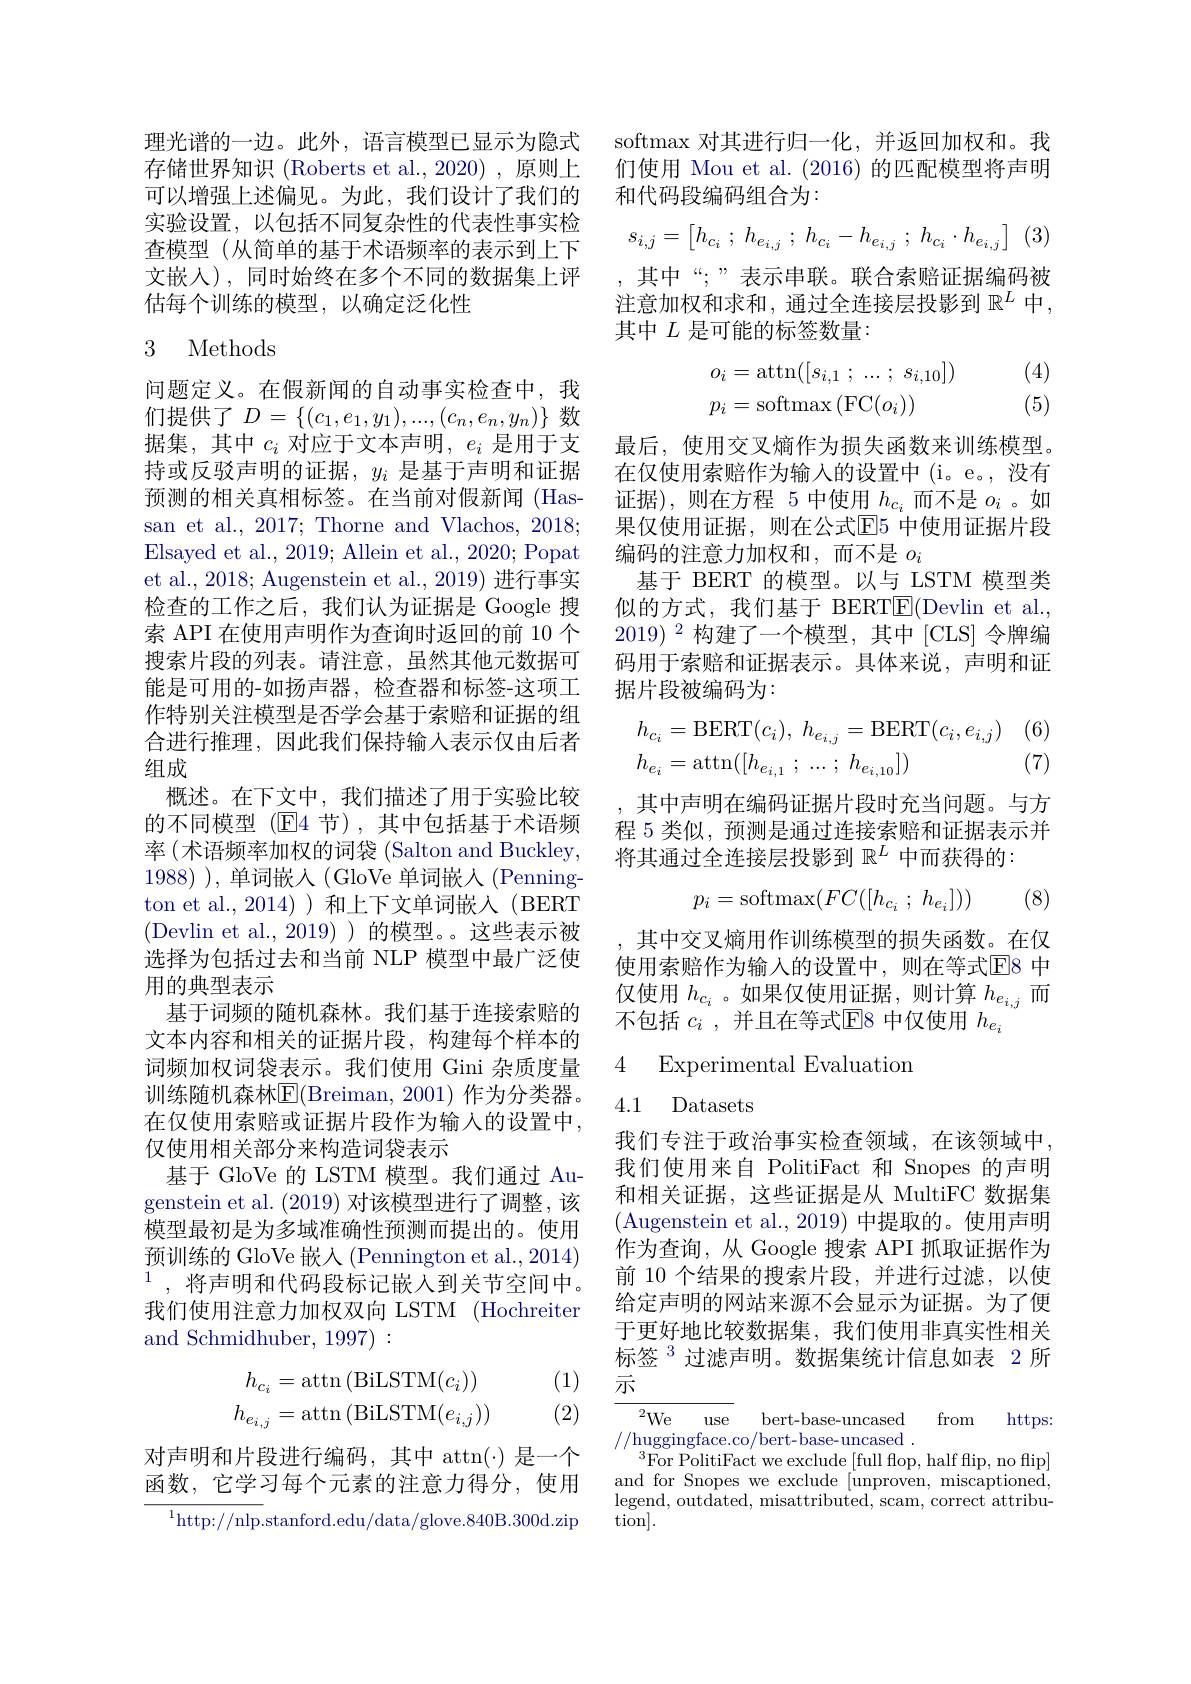
理光谱的一边。此外，语言模型已显示为隐式存储世界知识 (Roberts et al., 2020) , 原则上可以增强上述偏见。为此，我们设计了我们的实验设置，以包括不同复杂性的代表性事实检查模型 (从简单的基于术语频率的表示到上下文嵌人), 同时始终在多个不同的数据集上评估每个训练的模型，以确定泛化性

## 3 Methods

问题定义。在假新闻的自动事实检查中，我们提供了$D=\left\{(c_1,e_1,y_1),...,(c_n,e_n,y_n)\right\}$数据集，其中$c_i$对应于文本声明$,e_i$是用于支持或反驳声明的证据，$y_i$是基于声明和证据预测的相关真相标签。在当前对假新闻 (Hassan et al., 2017; Thorne and Vlachos, 2018; Elsayed et al., 2019; Allein et al., 2020; Popat et al., 2018; Augenstein et al., 2019) 进行事实检查的工作之后，我们认为证据是 Google 搜索 API 在使用声明作为查询时返回的前 10 个搜索片段的列表。请注意，虽然其他元数据可能是可用的-如扬声器，检查器和标签-这项工作特别关注模型是否学会基于索赔和证据的组合进行推理，因此我们保持输入表示仅由后者组成
概述。在下文中，我们描述了用于实验比较的不同模型(E4 节),其中包括基于术语频率 (术语频率加权的词袋 (Salton and Buckley, 1988) ), 单词嵌人 (GloVe 单词嵌人 (Pennington et al.,2014))和上下文单词嵌入(BERT (Devlin et al., 2019) ) 的模型。这些表示被选择为包括过去和当前 NLP 模型中最广泛使用的典型表示
基于词频的随机森林。我们基于连接索赔的文本内容和相关的证据片段，构建每个样本的词频加权词袋表示。我们使用 Gini 杂质度量训练随机森林$\overline{\mathrm{E}}($Breiman, 2001)作为分类器。在仅使用索赔或证据片段作为输入的设置中， 仅使用相关部分来构造词袋表示
基于 GloVe 的 LSTM 模型。我们通过 Augenstein et al. (2019) 对该模型进行了调整，该模型最初是为多域准确性预测而提出的。使用预训练的 GloVe 嵌人 (Pennington et al.,2014) $^{1}$,将声明和代码段标记嵌人到关节空间中。我们使用注意力加权双向 LSTM (Hochreiter and Schmidhuber, 1997) :
(1)
$$\begin{aligned}h_{c_i}&=\arctan{(\mathrm{BiLSTM}(c_i))}\\h_{e_{i,j}}&=\arctan{(\mathrm{BiLSTM}(e_{i,j}))}\end{aligned}$$
(2)

对声明和片段进行编码，其中 attn(·)是一个函数，它学习每个元素的注意力得分，使用

${^{1}\mathrm{http://nlp.}}$stanford.edu/data/glove.840B.300d.zip

softmax 对其进行归一化，并返回加权和。我们使用 Mou et al. (2016)的匹配模型将声明和代码段编码组合为：
$$s_{i,j}=\begin{bmatrix}h_{c_i}\:;\:h_{e_{i,j}}\:;\:h_{c_i}-h_{e_{i,j}}\:;\:h_{c_i}\cdot h_{e_{i,j}}\end{bmatrix}$$
,其中“;”表示串联。联合索赔证据编码被注意加权和求和，通过全连接层投影到 $\mathbb{R}^L$ 中， 其中$L$是可能的标签数量：

(4) (5)
$$\begin{aligned}o_i&=\arctan([s_{i,1}\:;\:\ldots\:;\:s_{i,10}])\\p_i&=\operatorname{softmax}(\operatorname{FC}(o_i))\end{aligned}$$
最后，使用交叉熵作为损失函数来训练模型。在仅使用索赔作为输入的设置中(i。e。,没有证据),则在方程 5 中使用$h_{c_i}$而不是$o_i$ 。如果仅使用证据，则在公式$\overline{\mathrm{E}}$5 中使用证据片段编码的注意力加权和，而不是$o_i$
基于 BERT 的模型。以与 LSTM 模型类似的方式，我们基于 BERT$\underline{\mathrm{E}}($Devlin et al., 2019)$^{2}$构建了一个模型，其中[CLS]令牌编码用于索赔和证据表示。具体来说，声明和证据片段被编码为：
$$\begin{aligned}&h_{c_{i}}=\mathrm{BERT}(c_{i}),\:h_{e_{i,j}}=\mathrm{BERT}(c_{i},e_{i,j})\\&h_{e_{i}}=\arctan([h_{e_{i,1}}\:;\:...\:;\:h_{e_{i,10}}])\end{aligned}$$
(7)

,其中声明在编码证据片段时充当问题。与方程 5 类似，预测是通过连接索赔和证据表示并将其通过全连接层投影到$\mathbb{R}^L$中而获得的：
$$p_i=\mathrm{softmax}(FC([h_{c_i}\:;\:h_{e_i}]))$$
(8)

其中交叉熵用作训练模型的损失函数。在仅使用索赔作为输入的设置中，则在等式$\overline{\mathrm{E}}$8 中仅使用$h_{c_i}$ 。如果仅使用证据，则计算$h_e_{i,j}$而不包括$c_i$ ,并且在等式E8 中仅使用$h_{e_i}$

4 Experimental Evaluation
4.1 Datasets

我们专注于政治事实检查领域，在该领域中， 我们使用来自 PolitiFact 和 Snopes 的声明和相关证据，这些证据是从 MultiFC 数据集(Augenstein et al.,2019) 中提取的。使用声明作为查询，从 Google 搜索 API 抓取证据作为前 10 个结果的搜索片段，并进行过滤，以使给定声明的网站来源不会显示为证据。为了便于更好地比较数据集，我们使用非真实性相关标签$^{3}$过滤声明。数据集统计信息如表 2 所示

${}^{2}$We use
bert-base-uncased
from https:
//huggingface.co/bert-base-uncased
$^{3}$For PolitiFact we exclude [full flop, half flip, no flip] and for Snopes we exclude [unproven, miscaptioned, $\operatorname*{legend,~outdated,~misattributed,~scam,~correct~attribu-}$ tion].